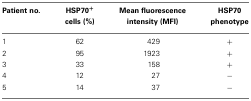
<table><thead><tr><td><b>Patient no.</b></td><td><b>HSP70<sup>+</sup> cells (%)</b></td><td><b>Mean fluorescence intensity (MFI)</b></td><td><b>HSP70 phenotype</b></td></tr></thead><tbody><tr><td>1</td><td>62</td><td>429</td><td>+</td></tr><tr><td>2</td><td>95</td><td>1923</td><td>+</td></tr><tr><td>3</td><td>33</td><td>158</td><td>+</td></tr><tr><td>4</td><td>12</td><td>27</td><td>−</td></tr><tr><td>5</td><td>14</td><td>37</td><td>−</td></tr></tbody></table>